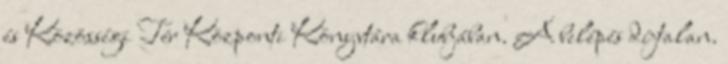
és Közösségi Tér Központi Könyvtára klubjában. A belépés díjtalan.